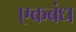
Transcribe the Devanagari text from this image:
एकबंध